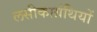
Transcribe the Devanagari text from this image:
लसीकाग्रंथियों